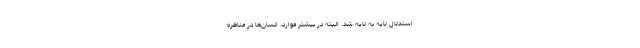
استدلال لایه به لایه شد. البته در بیشتر موارد، انسان‌ها در مناظره